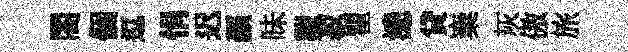
閤個逗悁迟顔昧覯菽瞿漶貸嶪灰傲旅